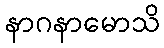
နာဂနာမောသိ